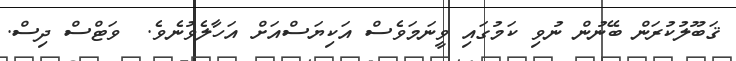
ޤަބޫލުކުރަން ބޭނުން ނުވި ކަމުގައި ވީނަމަވެސް އަކިޔަސްއަށް އަހާލެވުނެވެ.  ވަޓްސް ދިސް.